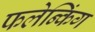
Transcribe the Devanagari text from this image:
फलेन्किंग